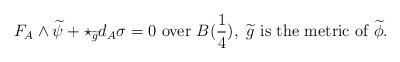
LaTeX: \begin{align*}F_{A}\wedge\widetilde{\psi}+\star_{\widetilde{g}}d_{A}\sigma=0\ \textrm{over}\ B(\frac{1}{4}),\ \widetilde{g}\ \textrm{is the metric of}\ \widetilde{\phi}.\end{align*}